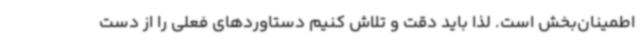
اطمینان‌بخش است. لذا باید دقت و تلاش کنیم دستاوردهای فعلی را از دست